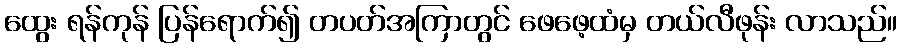
ထွေး ရန်ကုန် ပြန်ရောက်၍ တပတ်အကြာတွင် ဖေဖေ့ထံမှ တယ်လီဖုန်း လာသည်။